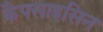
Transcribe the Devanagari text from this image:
कैपसाइसिन